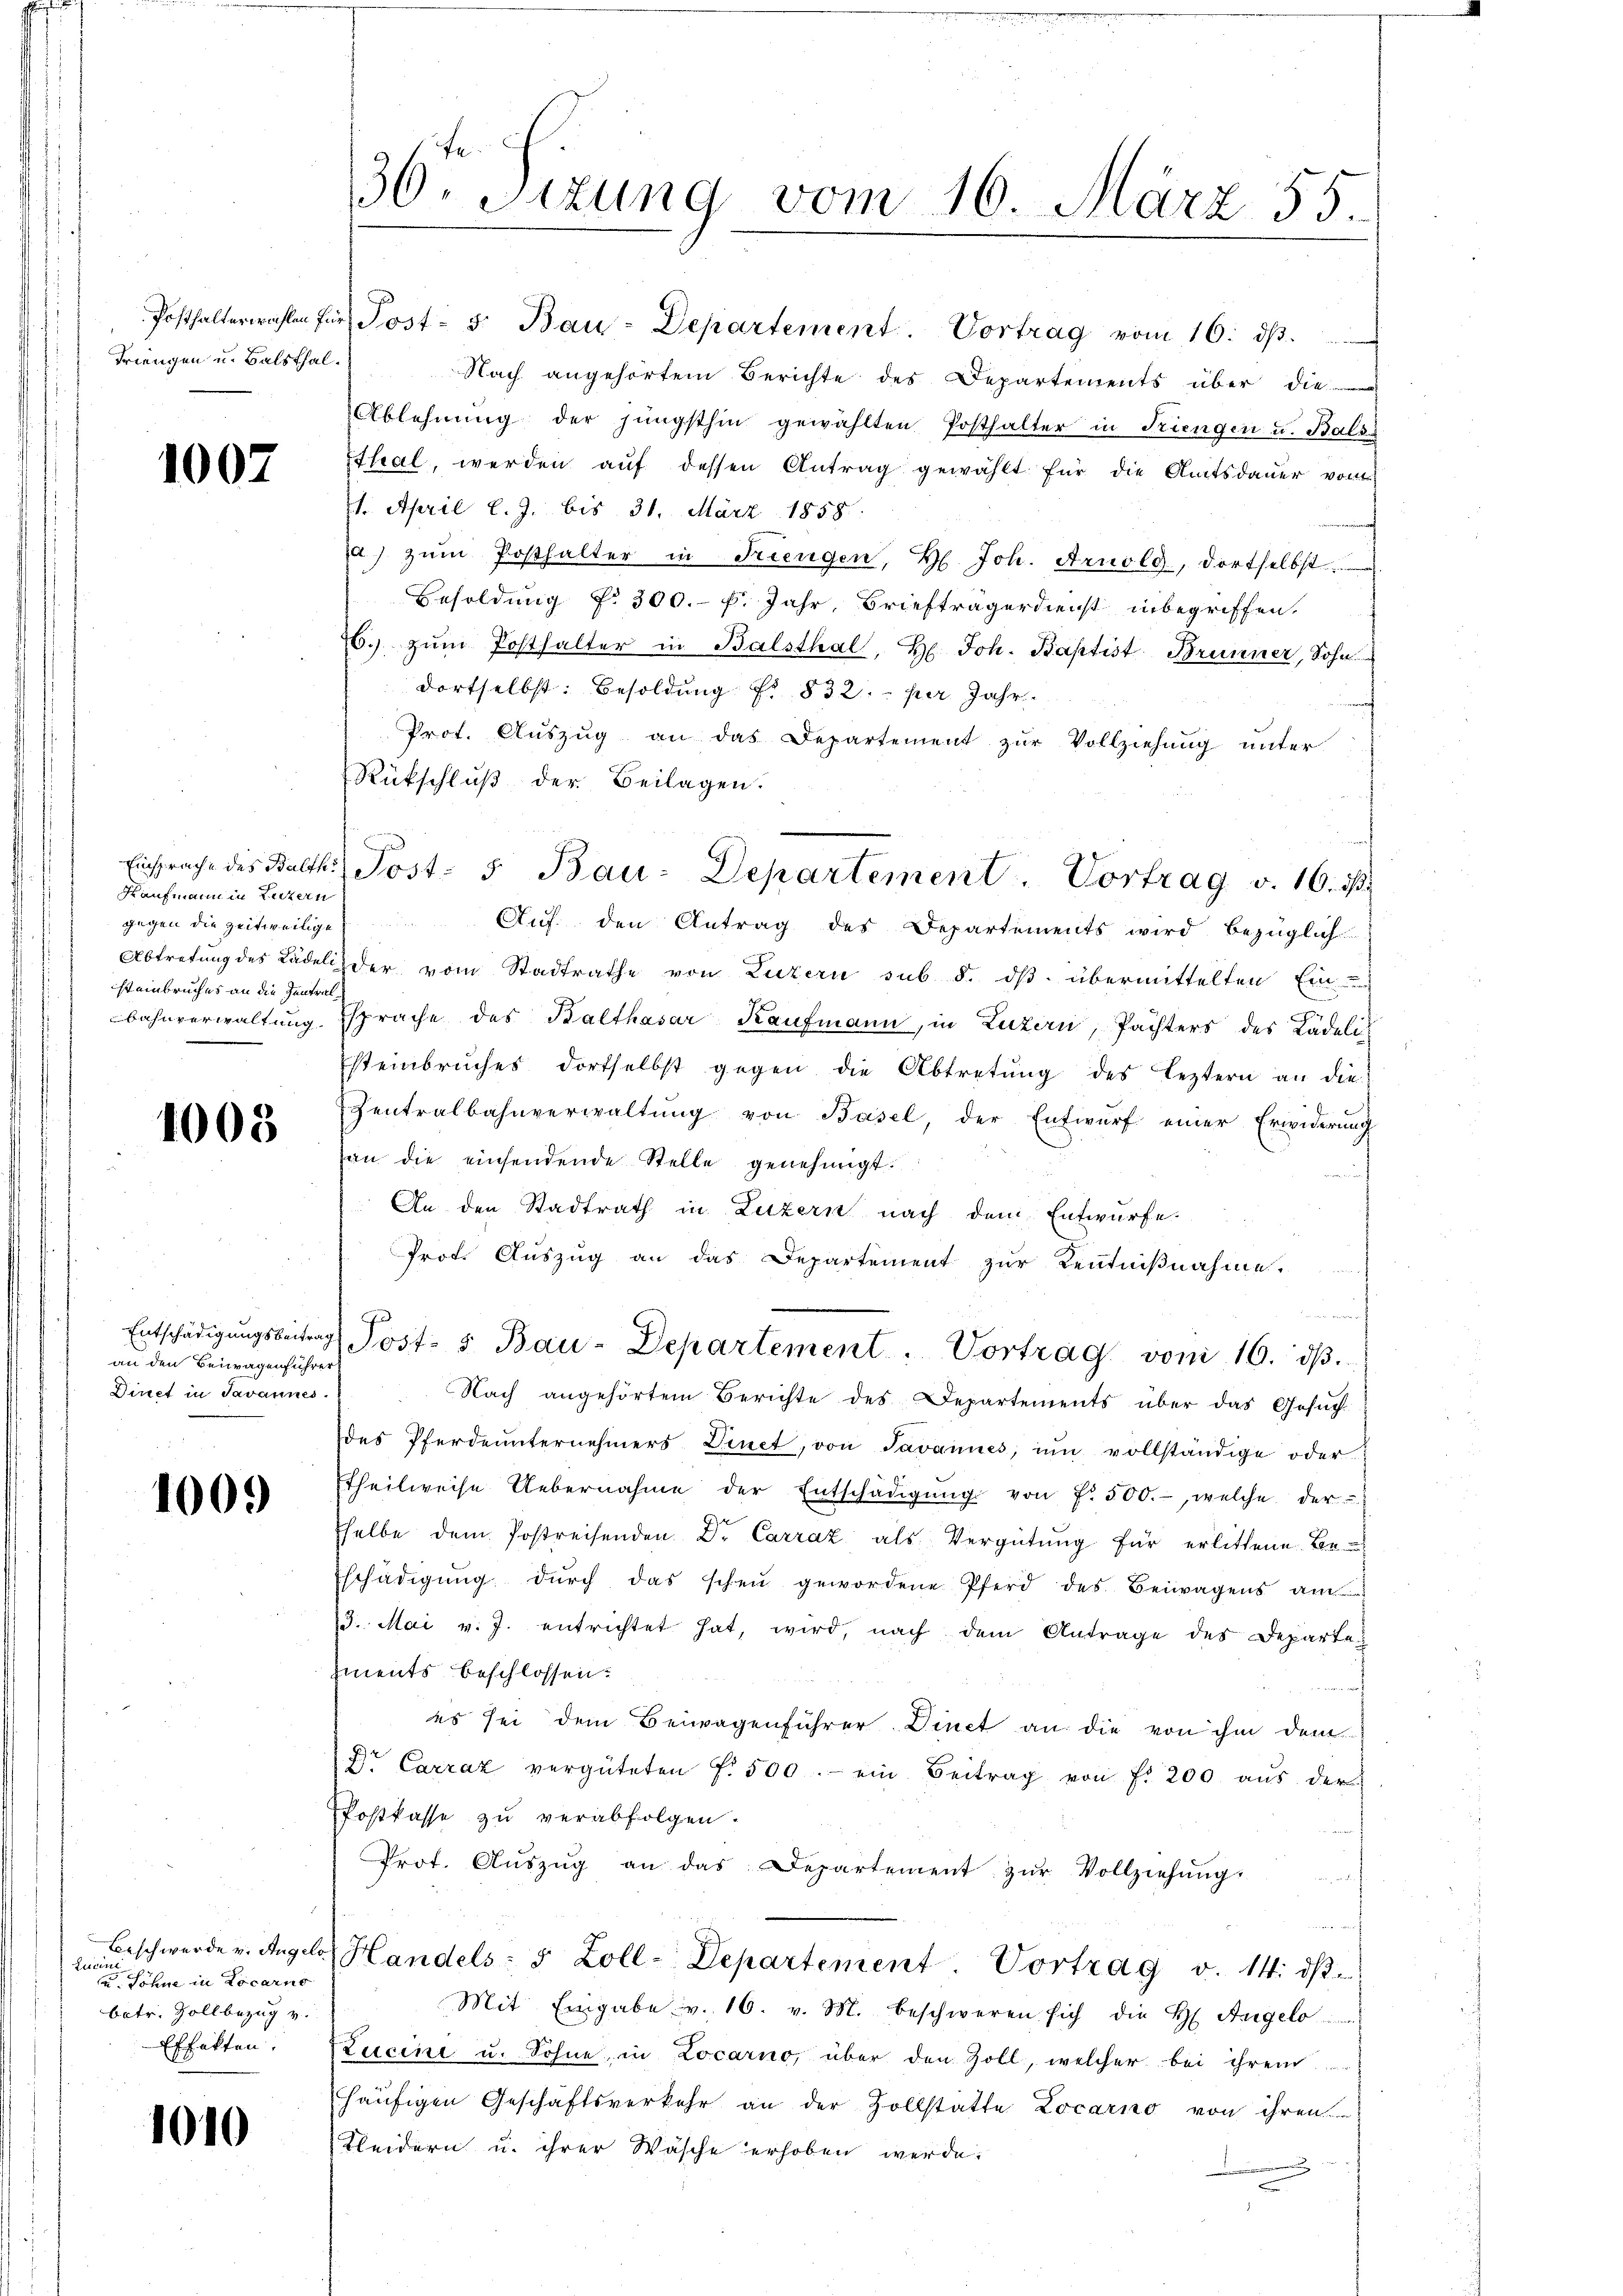
1007

Kaufmann in Luzern
gegen die zeitweilige
steinbruches an die Zentral¬

1008

an den Beiwagenführer
Direct in Javannes.

1009

hicini
ud Söhne in Locarno
betr. Zollbezug v.
Effekten.

1010

36 Sizung vom 16. März 55.

Posthalterwahlen für Post- 5. Bau-Departement. Vortrag vom 16. ds.
Friengen u. Balsthal. Nach angehörtem Berichte des Departements über die
Ablehnŭng der jüngsthin gewählten Posthalter in Triengen u. Bals
Ithal, werden auf dessen Antrag gewählt für die Amtsdauer von
21. April l. J. bis 31. März 1858.
a) zŭm Posthalter in Friengen, H. Joh. Arnold, dortselbst.
Besoldung f. 300.- f. Jahr, Briefträgerdienst inbegriffen.
6. zŭm Posthalter in Balsthal, He Joh. Baptist Brunner, Sohn
dortselbst: Besoldung Nr. 832. per Jahr
Prot. Auszug an das Departement zur Vollziehung unter
Rückschlŭβ der Beilagen.
Auf den Antrag des Departements wird bezüglich
Abtretung des Kadelis der vom Stadtrathe von Luzern sub 5. ds. übermittelten Ein-
Bahnverwaltung sprache des Balthasar Kaufmann, in Luzern, Pächters des Kädeli¬
Esteinbruches dortselbst gegen die Abtretung des Leztern an die
Zentralbahnverwaltŭng von Basel, der Entwŭrf einer Erwiderŭng
an die einsendende Stelle genehmigt.
An den Stadtrath in Luzern nach dem Entwurfe.
Prot. Auszug an das Departement zur Kenntnißnahme.
un
Entschädigŭngsbeitrag Post- u Bau-Departement. Vortrag von 16. dβ.
Nach angehörtem Berichte des Departements über das Gesuch
des Pferdeunternehmers Dinet, von Javannes, im vollständige oder
Etheilweise Uebernahme der Entschädigŭng von f. 500.-, welche der
selbe dem Postreisenden Dr. Carraz als Vergütung für erlittene Be-
Eschädigŭng dŭrch das schen gewordene Pferd des Beiwagens am
3. Mai v. J. entrichtet hat, wird, nach dem Antrage des Departag
Iments beschlossen:
und
es sei dem Beiwagenführer Dinet an die von ihm dem
Dr Carraz vergüteten f. 500.- ein Beitrag von fr. 200 aŭs der
Postkasse zu verabfolgen.
Prot. Aŭszŭg an das Departement zŭr Vollziehŭng
f
Beschwerde v. Angels Handels- 5 Zoll-Departement. Vortrag v. 14. ds.
Mit Eingabe v. 16. v. M. beschweren sich die H. Angelo
Zucini u. Sohne in Locarno, über den Zoll, welcher bei ihrem
häufigen Geschäftsverkehr an der Zollstatte Locarno von ihren
Kleidern u. ihrer Wasche erhoben werde.

Einsprache des Balth. Post- 5 Bau-Departement  .      Portrag v. 16. ds.